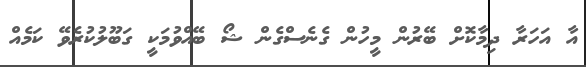
އާ އަހަރާ ދިމާކޮށް ބޭރުން މީހުން ގެނެސްގެން ޝޯ ބޭއްވުމަކީ ގަބޫލުކުރެވޭ ކަމެއް